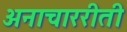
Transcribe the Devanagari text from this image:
अनाचाररीती